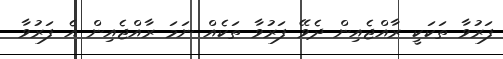
ފަރުވާ ތަކަކީ ރާއްޖެއިން ދެވޭ ފަރުވާ ތަކެއް ނަމަ ރާއްޖެއިން އެ ފަރުވާ